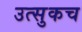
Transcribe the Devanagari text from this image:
उत्सुकच